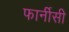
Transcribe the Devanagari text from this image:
फार्नीसी